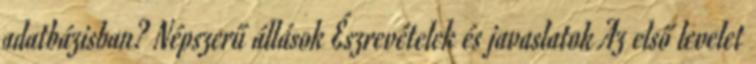
adatbázisban? Népszerű állások Észrevételek és javaslatok Az első levelet